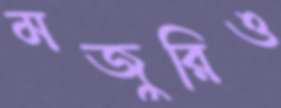
মজুরিও